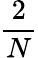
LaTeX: \frac{2}{N}